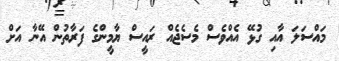
މައްސަލަ އާއި ގުޅޭ އެއްވެސް މެސެޖެއް ރައީސް ޔާމީންގެ ފަރާތުން އޭނާ އަށް